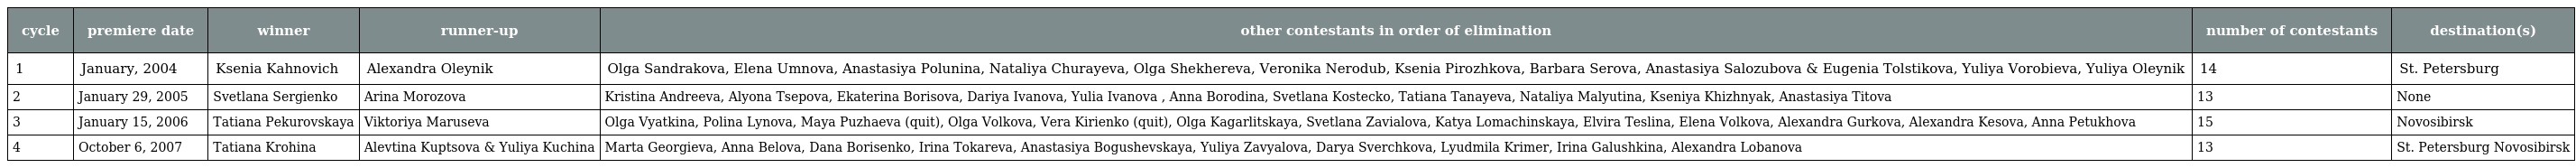
| cycle | premiere date | winner | runner-up | other contestants in order of elimination | number of contestants | destination(s) |
 | --- | --- | --- | --- | --- | --- | --- |
 | 1 | January, 2004 | Ksenia Kahnovich | Alexandra Oleynik | Olga Sandrakova, Elena Umnova, Anastasiya Polunina, Nataliya Churayeva, Olga Shekhereva, Veronika Nerodub, Ksenia Pirozhkova, Barbara Serova, Anastasiya Salozubova & Eugenia Tolstikova, Yuliya Vorobieva, Yuliya Oleynik | 14 | St. Petersburg |
 | 2 | January 29, 2005 | Svetlana Sergienko | Arina Morozova | Kristina Andreeva, Alyona Tsepova, Ekaterina Borisova, Dariya Ivanova, Yulia Ivanova , Anna Borodina, Svetlana Kostecko, Tatiana Tanayeva, Nataliya Malyutina, Kseniya Khizhnyak, Anastasiya Titova | 13 | None |
 | 3 | January 15, 2006 | Tatiana Pekurovskaya | Viktoriya Maruseva | Olga Vyatkina, Polina Lynova, Maya Puzhaeva (quit), Olga Volkova, Vera Kirienko (quit), Olga Kagarlitskaya, Svetlana Zavialova, Katya Lomachinskaya, Elvira Teslina, Elena Volkova, Alexandra Gurkova, Alexandra Kesova, Anna Petukhova | 15 | Novosibirsk |
 | 4 | October 6, 2007 | Tatiana Krohina | Alevtina Kuptsova & Yuliya Kuchina | Marta Georgieva, Anna Belova, Dana Borisenko, Irina Tokareva, Anastasiya Bogushevskaya, Yuliya Zavyalova, Darya Sverchkova, Lyudmila Krimer, Irina Galushkina, Alexandra Lobanova | 13 | St. Petersburg Novosibirsk |